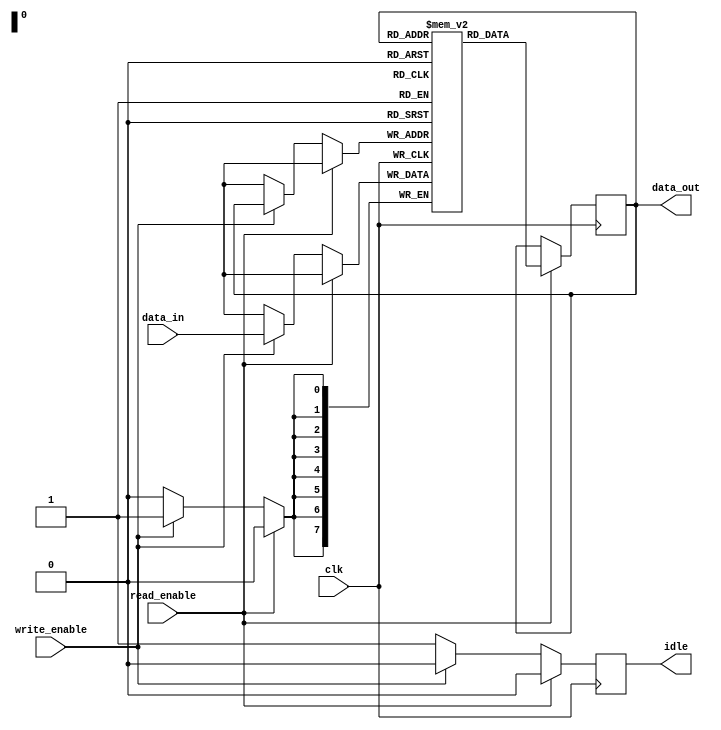
module MemoryBlock (
    input wire clk,
    input wire read_enable,
    input wire write_enable,
    input wire [7:0] data_in,
    output reg [7:0] data_out,
    output reg idle
);
    reg [7:0] memory [0:255]; // 256 x 8-bit memory array

    always @(posedge clk) begin
        if (read_enable) begin
            data_out <= memory[data_out]; // Read operation
            idle <= 0; // Memory is active
        end else if (write_enable) begin
            memory[data_out] <= data_in; // Write operation
            idle <= 0; // Memory is active
        end else begin
            idle <= 1; // Memory is idle
        end
    end
endmodule